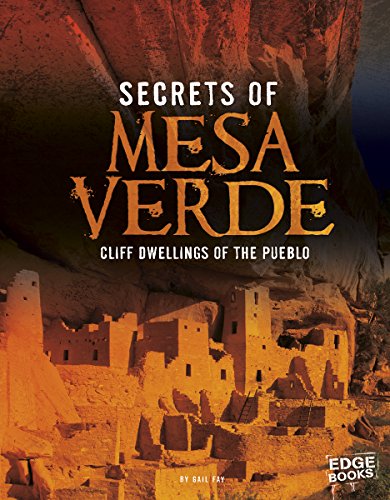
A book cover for Secrets of Mesa Verde: Cliff Dwellings of the Pueblo (Archaeological Mysteries); Gail Fay; Children's Books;